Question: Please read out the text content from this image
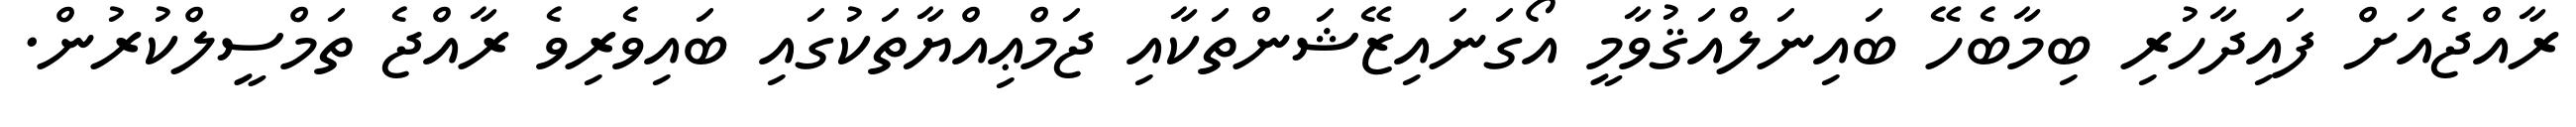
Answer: ރާއްޖެއަށް ފައިދާހުރި ބިމާބެހޭ ބައިނަލްއަޤުވާމީ އޯގަނައިޒޭޝަންތަކާއި ޖަމްޢިއްޔާތަކުގައި ބައިވެރިވެ ރާއްޖެ ތަމްސީލްކުރުން.